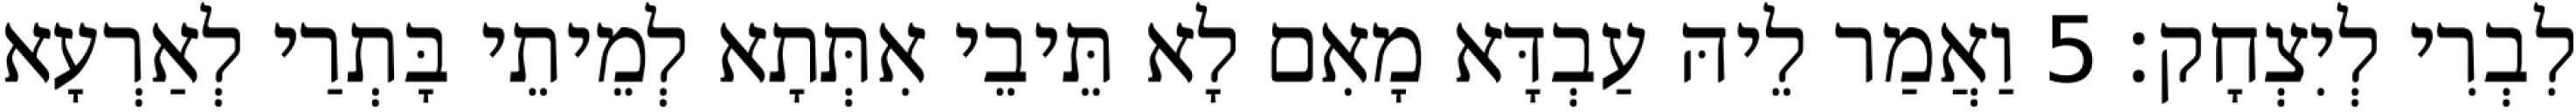
לִבְרִי לְיִצְחָק׃ 5 וַאֲמַר לֵיהּ עַבְדָּא מָאִם לָא תֵּיבֵי אִתְּתָא לְמֵיתֵי בָּתְרַי לְאַרְעָא